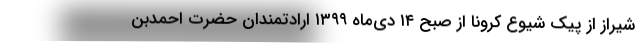
شیراز از پیک شیوع کرونا از صبح ۱۴ دی‌ماه ۱۳۹۹ ارادتمندان حضرت احمدبن